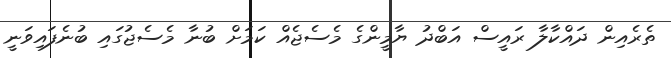
ތެރެއިން ދައްކާލާ ރައީސް އަބްދު ޔާމީންގެ މެސެޖެއް ކަމަށް ބުނާ މެސެޖުގައި ބުނެފައިވަނީ